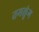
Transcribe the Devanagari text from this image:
तमलुंग